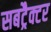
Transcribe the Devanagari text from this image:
सबट्रैक्टर